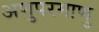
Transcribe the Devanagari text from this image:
अणुपरमाणु